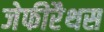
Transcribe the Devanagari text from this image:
जेफीरैथस